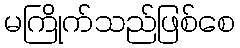
မကြိုက်သည်ဖြစ်စေ